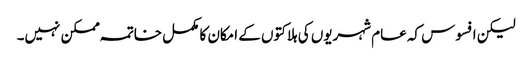
لیکن افسوس کہ عام شہریوں کی ہلاکتوں کے امکان کا مکمل خاتمہ ممکن نہیں۔